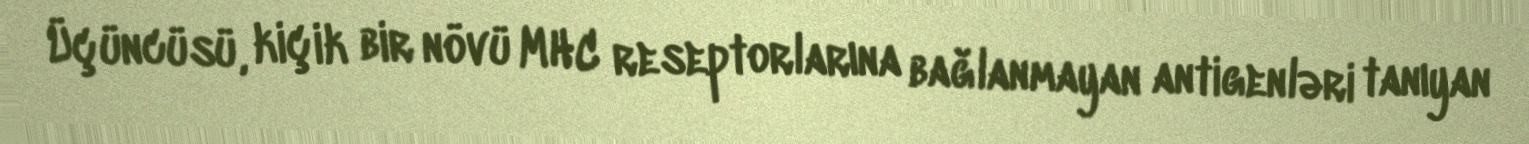
Üçüncüsü, kiçik bir növü MHC reseptorlarına bağlanmayan antigenləri tanıyan γδ